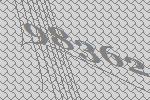
98362